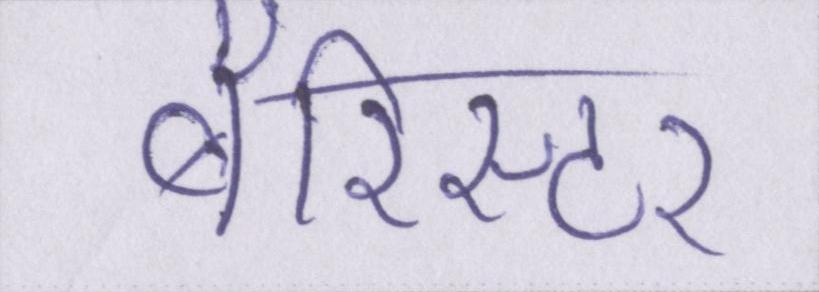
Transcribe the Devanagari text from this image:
बैरिस्टर